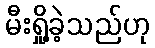
မီးရှို့ခဲ့သည်ဟု